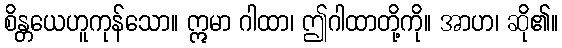
စိန္တယေဟူကုန်သော။ ဣမာ ဂါထာ၊ ဤဂါထာတို့ကို။ အာဟ၊ ဆို၏။